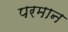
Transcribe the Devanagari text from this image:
परमान